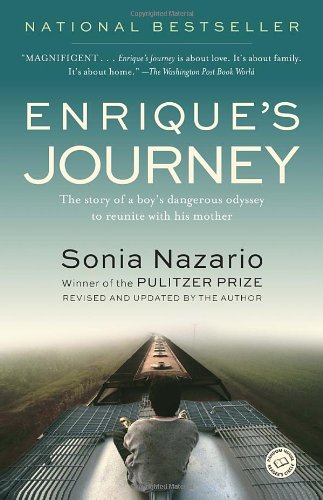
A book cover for Enrique's Journey; Sonia Nazario; Biographies & Memoirs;